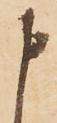
申